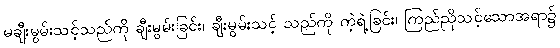
မချီးမွမ်းသင့်သည်ကို ချီးမွမ်းခြင်း၊ ချီးမွမ်းသင့် သည်ကို ကဲ့ရဲ့ခြင်း၊ ကြည်ညိုသင့်သောအရာ၌